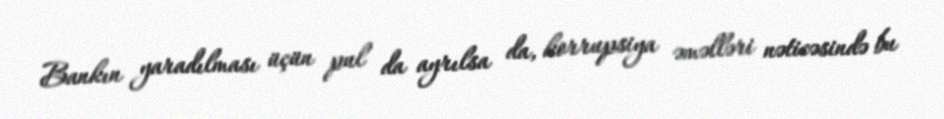
Bankın yaradılması üçün pul da ayrılsa da, korrupsiya əməlləri nəticəsində bu